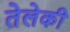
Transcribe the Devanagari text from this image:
तेलेकी